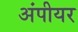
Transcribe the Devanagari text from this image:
अंपीयर